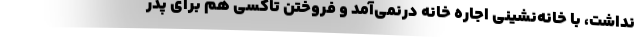
نداشت، با خانه‌نشيني اجاره خانه درنمي‌آمد و فروختن تاكسي هم براي پدر